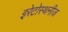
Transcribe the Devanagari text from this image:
इरेटोस्थनीज